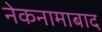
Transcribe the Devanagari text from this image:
नेकनामाबाद